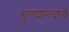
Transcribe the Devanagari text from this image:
गुलशनदांचे